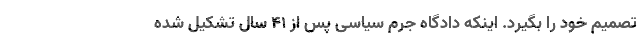
تصمیم خود را بگیرد. اینکه دادگاه جرم سیاسی پس از 41 سال تشکیل شده